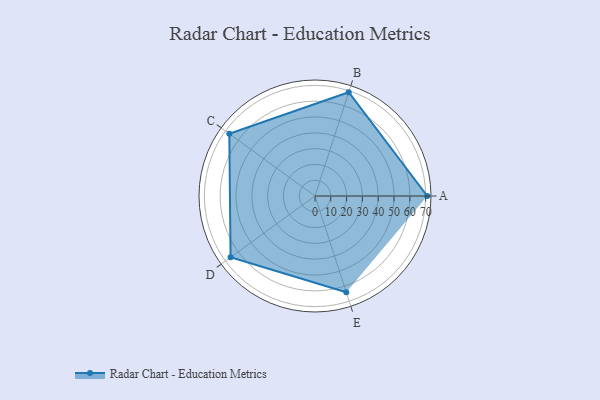
{"axis": {"x": "Skill", "y": "Score"}, "legend": ["Profile"], "data": [{"x": "A", "y": 71.0, "type": "Profile"}, {"x": "B", "y": 69.0, "type": "Profile"}, {"x": "C", "y": 67.0, "type": "Profile"}, {"x": "D", "y": 66.0, "type": "Profile"}, {"x": "E", "y": 64.0, "type": "Profile"}]}